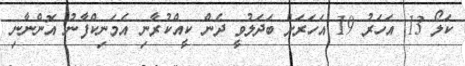
ކަލޯ 13 އަހަރު 19 އަހަރަށް ބަދަލުވީ ދެން ކީއްކުރާނި އެމަނިކްފާނު އޮންނާނި